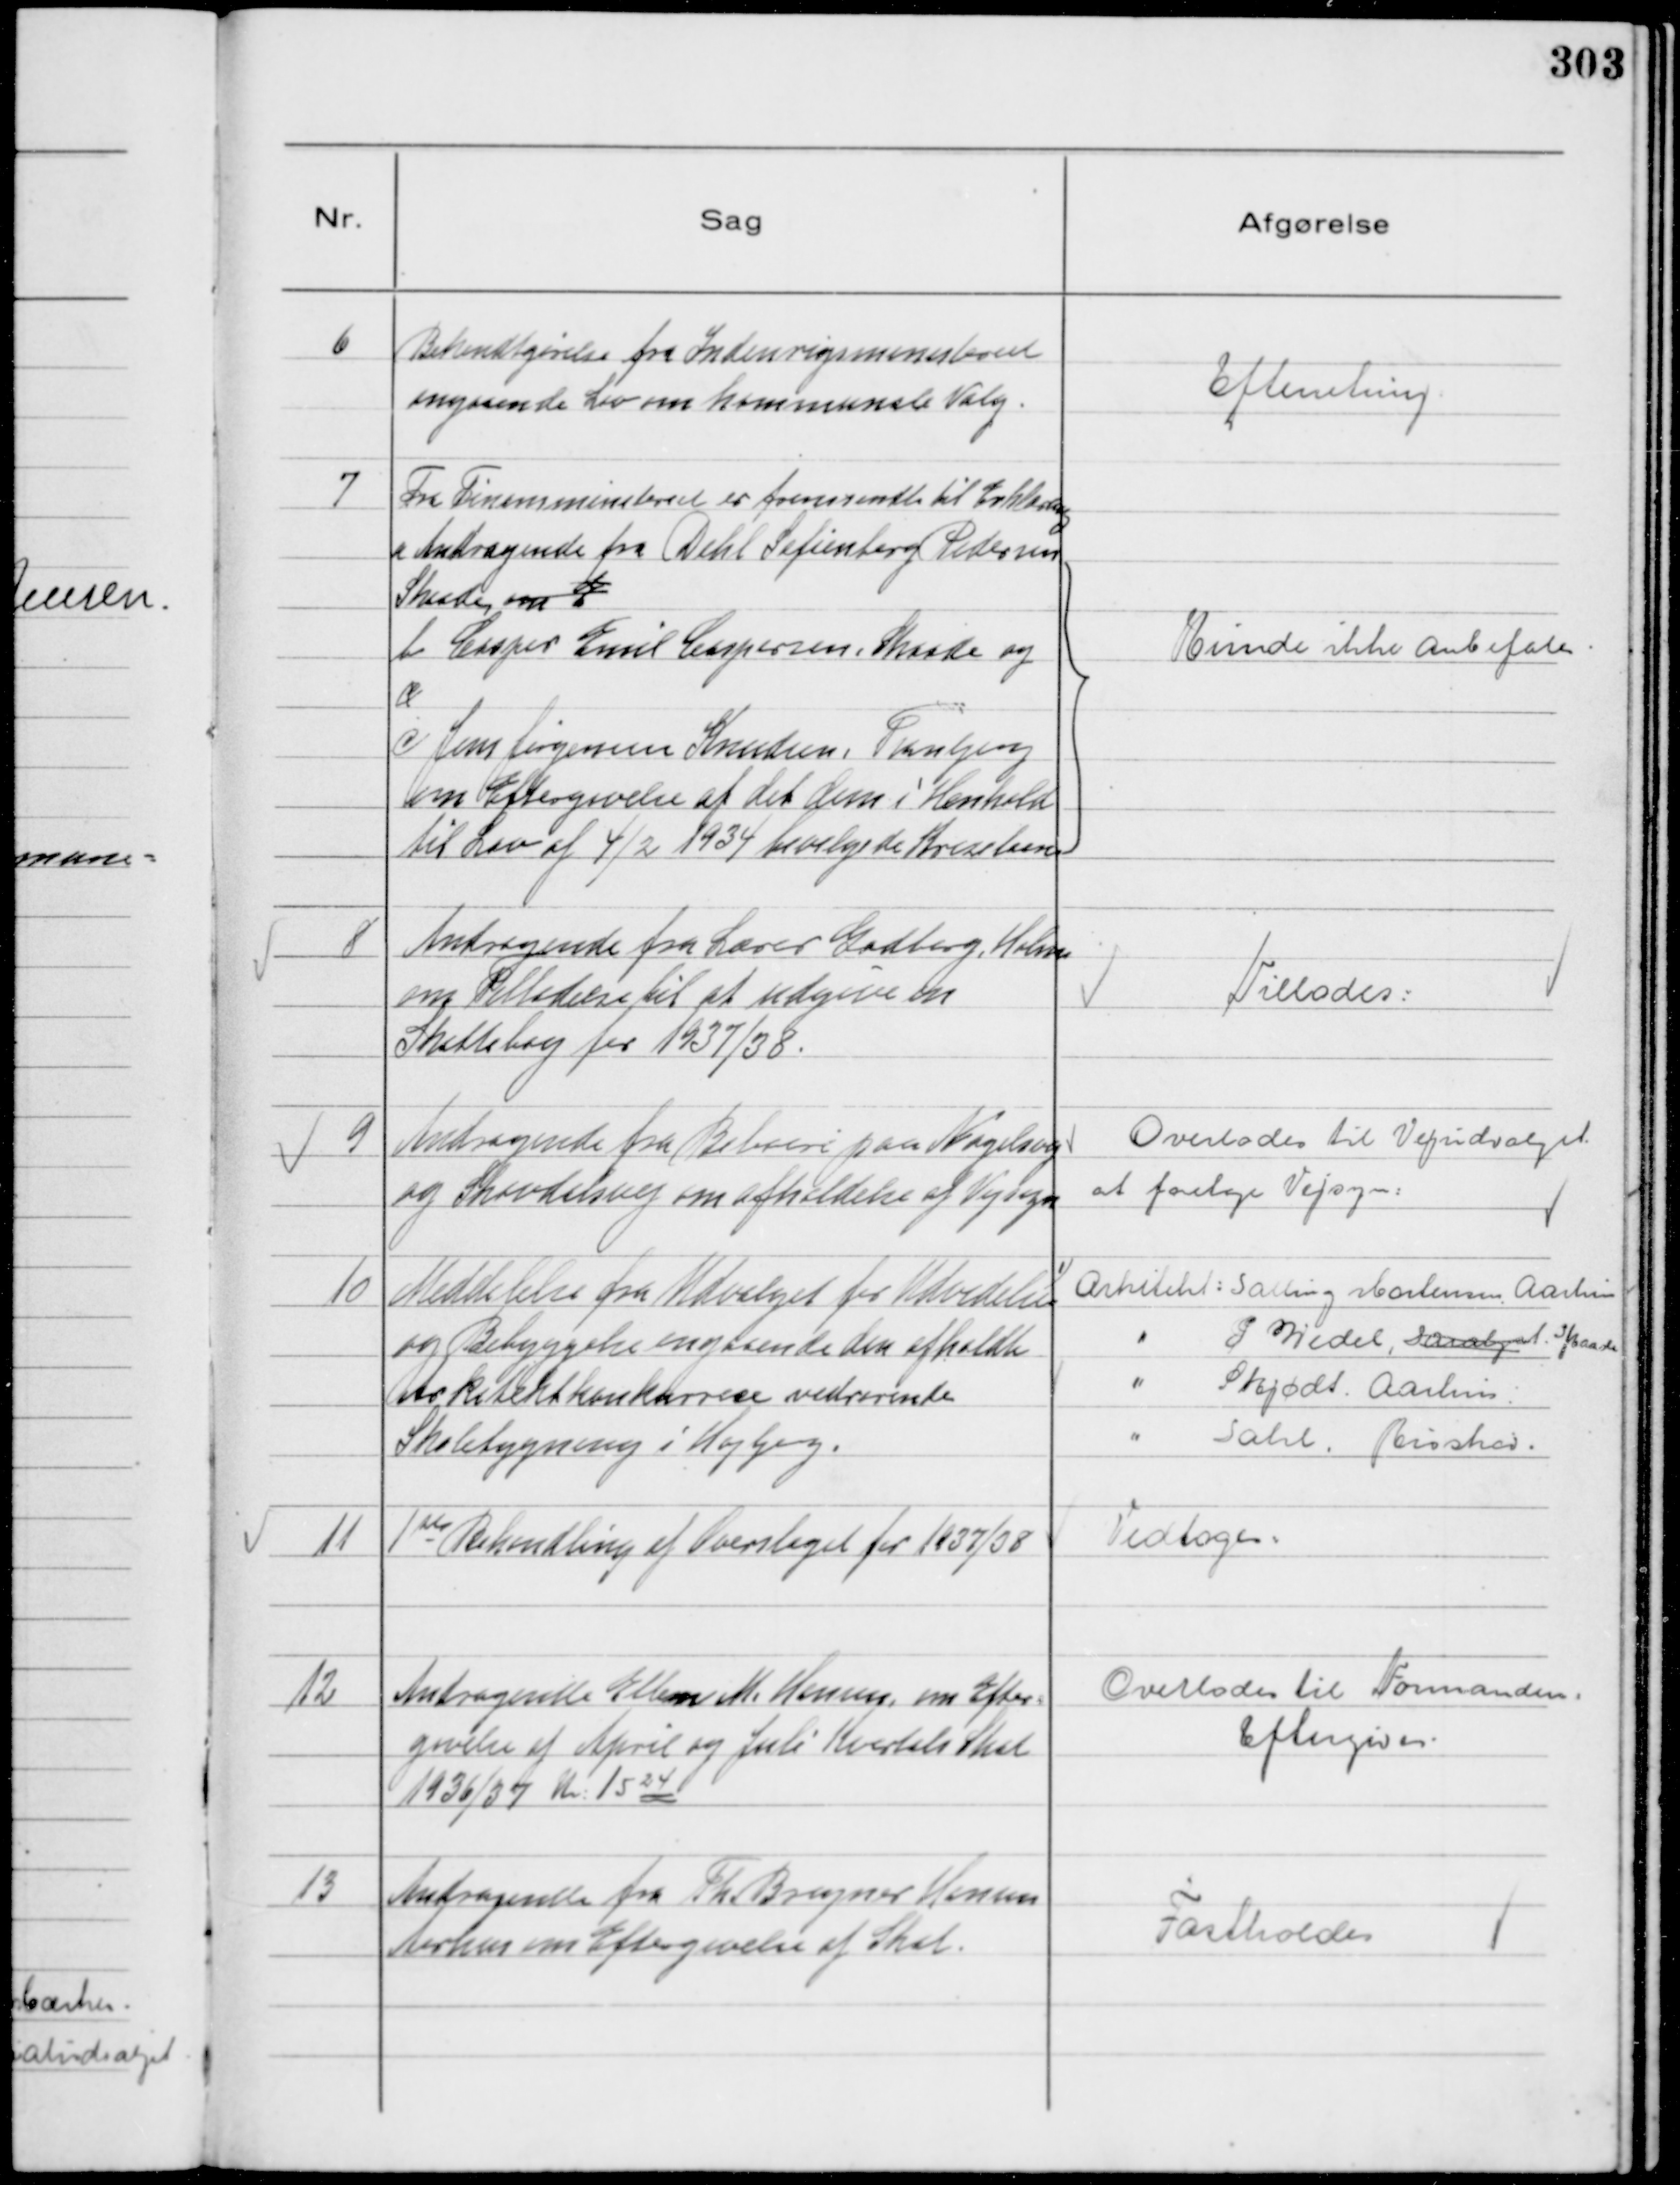
Transskription:
6
Bekendtgørelse fra Indenrigsministeriet
angaaende Lov om kommunale Valg.

Efterretning.

7
Fra Finansministeriet er fremsendt til Erklæring
a Andragende fra Dahl Sefienberg Pedersen
Skaade, om
d
b
b Casper Emil Caspersen Skaade og
c
c Jens Jørgensen Knudsen, Tranbjerg
om Eftergivelse af det dem i Henhold
til Lov af 4/2 1934 bevilgede Kriselaan

Kunde ikke anbefales.

8
Andragende fra Lærer Gadberg Holm
om Tilladelse til at udgive en
Skattebog for 1937/38.

Tillades:

9
Andragende fra Beboere paa Nagelsvej
og Skovdalsvej om afholdelse af Vejsyn

Overlodes til Vejudvalget
at foretage Vejsyn:

10
Meddelelse fra Udvalget for Udvidelse
og Bebyggelse angaaende den afholdte
Arkitektkonkurrese vedrørende
Skolebygning i Højbjerg.

Arkitekt: Salling Mortensen Aarhus
" P Wedel, Saralyst. Skaade
" Skjødt, Aarhus
" Sahl, Risskov.

11
1ste
Behandling af Overslaget for 1937/38

Vedtoges:

12
Andragende Ellen M. Hansen, om Efter-
givelse af April og Juli Kvartals Skat
1936/37 Kr: 15 24

Overlodes til Formanden:
Eftergives.

13
Andragende fra Th Bregner Hansen
Aarhus om Eftergivelse af Skat.

Fastholdes